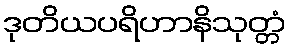
ဒုတိယပရိဟာနိသုတ္တံ